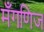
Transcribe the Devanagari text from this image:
मँगणिज